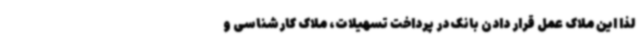
لذا این ملاک عمل قرار دادن بانک در پرداخت تسهیلات، ملاک کارشناسی و